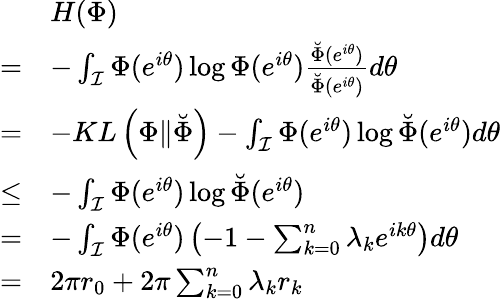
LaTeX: \begin{array}{rl}&{H(\Phi)}\\ {=}&{-\int_{\mathcal{I}}\Phi(e^{i\theta})\log\Phi(e^{i\theta})\frac{\breve{\Phi}(e^{i\theta})}{\breve{\Phi}(e^{i\theta})}d\theta}\\ {=}&{-KL\left(\Phi\| \breve{\Phi}\right)-\int_{\mathcal{I}}\Phi(e^{i\theta})\log\breve{\Phi}(e^{i\theta})d\theta}\\ {\leq}&{-\int_{\mathcal{I}}\Phi(e^{i\theta})\log\breve{\Phi}(e^{i\theta})}\\ {=}&{-\int_{\mathcal{I}}\Phi(e^{i\theta})\left(-1-\sum_{k=0}^{n}\lambda_{k}e^{ik\theta}\right)d\theta}\\ {=}&{2\pi r_{0}+2\pi\sum_{k=0}^{n}\lambda_{k}r_{k}}\end{array}